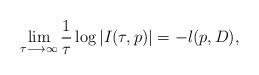
LaTeX: \begin{align*}\displaystyle\lim_{\tau \longrightarrow \infty}\frac{1}{\tau}\log\vert I(\tau, p) \vert = -l(p, D),\end{align*}